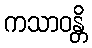
ကသာဝန္တိ